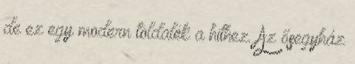
de ez egy modern toldalék a hithez. Az ősegyház